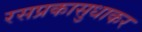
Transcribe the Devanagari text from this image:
रसप्रकासुधाकर